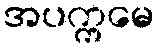
အပက္ကမေ